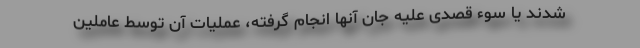
شدند یا سوء قصدی علیه جان آنها انجام گرفته، عملیات آن توسط عاملین